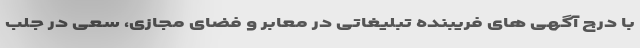
با درج آگهی های فریبنده تبلیغاتی در معابر و فضای مجازی، سعی در جلب